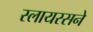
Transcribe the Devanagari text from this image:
स्लायरसने